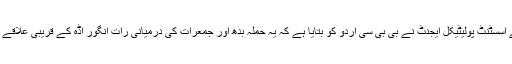
وانا کے اسسٹنٹ پولیٹیکل ایجنٹ نے بی بی سی اردو کو بتایا ہے کہ یہ حملہ بدھ اور جمعرات کی درمیانی رات انگور اڈہ کے قریبی علاقے میں ہوا۔